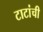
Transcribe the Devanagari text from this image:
टाटांची